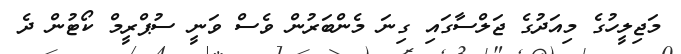
މަޖިލީހުގެ މިއަދުގެ ޖަލްސާގައި ގިނަ މެންބަރުން ވެސް ވަނީ ސުޕްރީމް ކޯޓުން ދެ